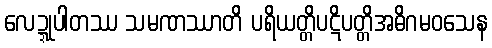
လေဍ္ဍုပါတဿ သမဏဿာတိ ပရိယတ္တိပဋိပတ္တိအဓိဂမဝသေန